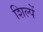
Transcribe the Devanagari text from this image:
शिल्पें